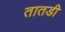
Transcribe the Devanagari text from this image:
तातडी